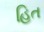
હિત